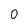
Character: 0